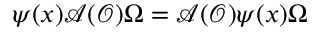
\psi ( x ) \mathcal { A } ( \mathcal { O } ) \Omega = \mathcal { A } ( \mathcal { O } ) \psi ( x ) \Omega